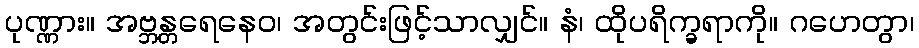
ပုဏ္ဏား။ အဗ္ဘန္တရေနေဝ၊ အတွင်းဖြင့်သာလျှင်။ နံ၊ ထိုပရိက္ခရာကို။ ဂဟေတွာ၊